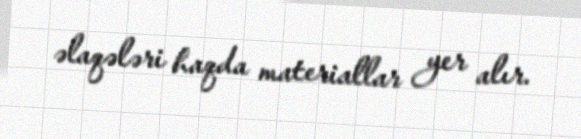
əlaqələri haqda materiallar yer alır.